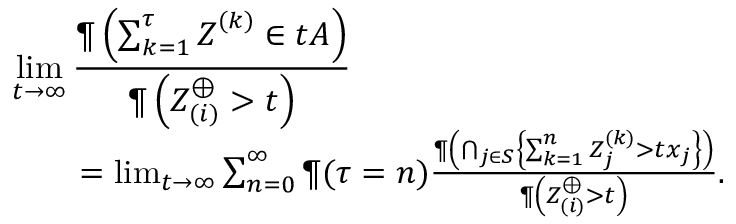
\begin{array} { r l r } { \lefteqn { \operatorname* { l i m } _ { t \to \infty } \frac { \P \left( \sum _ { k = 1 } ^ { \tau } \boldsymbol Z ^ { ( k ) } \in t A \right) } { \P \left( Z _ { ( i ) } ^ { \oplus } > t \right) } } } \\ & { } & { = \operatorname* { l i m } _ { t \to \infty } \sum _ { n = 0 } ^ { \infty } \P ( \tau = n ) \frac { \P \left( \bigcap _ { j \in S } \left\{ \sum _ { k = 1 } ^ { n } Z _ { j } ^ { ( k ) } > t x _ { j } \right\} \right) } { \P \left( Z _ { ( i ) } ^ { \oplus } > t \right) } . } \end{array}